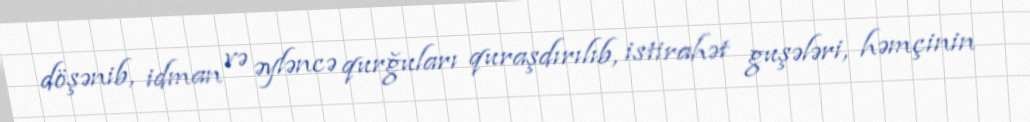
döşənib, idman və əyləncə qurğuları quraşdırılıb, istirahət guşələri, həmçinin